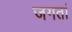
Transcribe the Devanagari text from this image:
जगतां